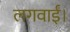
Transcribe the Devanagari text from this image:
लगवाईं।